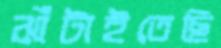
ঝাঁটাইতেছি